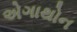
એગાથોન